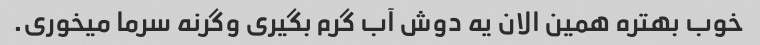
خوب بهتره همین الان یه دوش آب گرم بگیری وگرنه سرما میخوری.